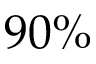
9 0 \%